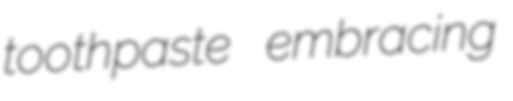
toothpaste embracing